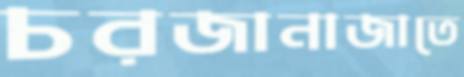
চরজানাজাতে